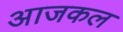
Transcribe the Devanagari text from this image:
अाजकल